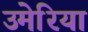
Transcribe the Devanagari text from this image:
उमेरिया